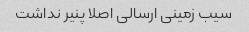
سیب زمینی ارسالی اصلا پنیر نداشت